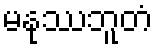
မနုဿဘူတံ